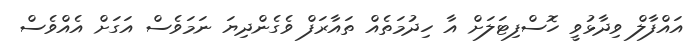
އައްފާލް ވިދާޅުވީ ހޮސްފިޓަލަށް އާ ހިދުމަތެއް ތައާރަފް ވެގެންދިޔަ ނަމަވެސް އަގަށް އެއްވެސް